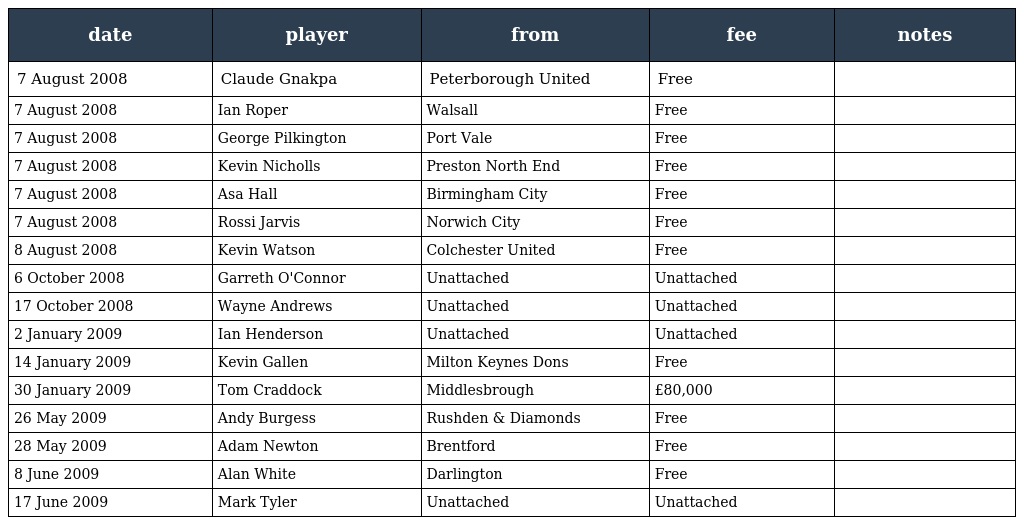
| date | player | from | fee | notes |
 | --- | --- | --- | --- | --- |
 | 7 August 2008 | Claude Gnakpa | Peterborough United | Free |  |
 | 7 August 2008 | Ian Roper | Walsall | Free |  |
 | 7 August 2008 | George Pilkington | Port Vale | Free |  |
 | 7 August 2008 | Kevin Nicholls | Preston North End | Free |  |
 | 7 August 2008 | Asa Hall | Birmingham City | Free |  |
 | 7 August 2008 | Rossi Jarvis | Norwich City | Free |  |
 | 8 August 2008 | Kevin Watson | Colchester United | Free |  |
 | 6 October 2008 | Garreth O'Connor | Unattached | Unattached |  |
 | 17 October 2008 | Wayne Andrews | Unattached | Unattached |  |
 | 2 January 2009 | Ian Henderson | Unattached | Unattached |  |
 | 14 January 2009 | Kevin Gallen | Milton Keynes Dons | Free |  |
 | 30 January 2009 | Tom Craddock | Middlesbrough | £80,000 |  |
 | 26 May 2009 | Andy Burgess | Rushden & Diamonds | Free |  |
 | 28 May 2009 | Adam Newton | Brentford | Free |  |
 | 8 June 2009 | Alan White | Darlington | Free |  |
 | 17 June 2009 | Mark Tyler | Unattached | Unattached |  |